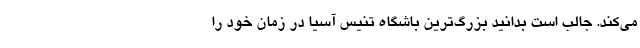
می‌کند. جالب است بدانید بزرگ‌ترین باشگاه تنیس آسیا در زمان خود را